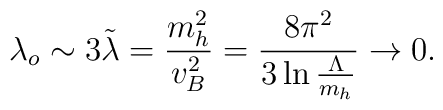
\lambda_o\sim 3\tilde\lambda={{m^2_h}\over{v^2_B}}= {{8\pi^2}\over{3\ln {{\Lambda}\over{m_h}} }}\to 0.